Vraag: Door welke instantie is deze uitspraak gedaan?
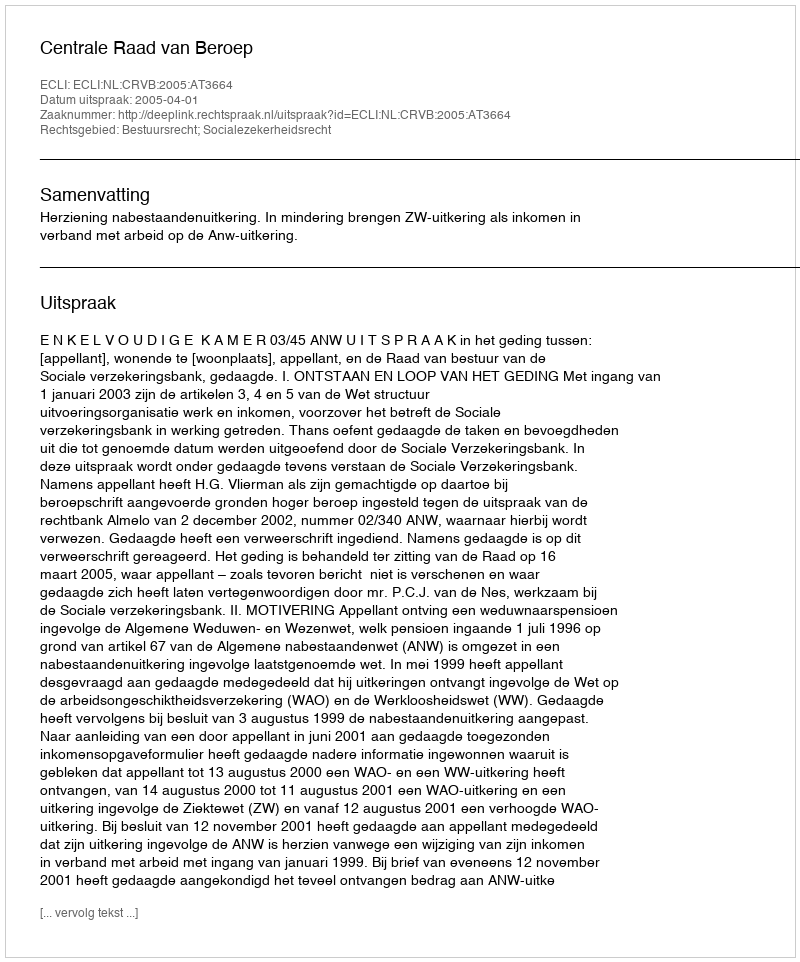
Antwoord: Centrale Raad van Beroep